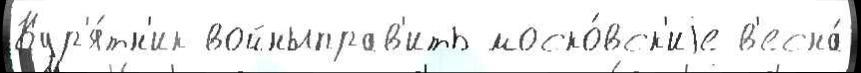
Кур'я́тн'ик войныправ'ить моско́вск'иjе в'есна́